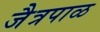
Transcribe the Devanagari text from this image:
जैत्रपाळ